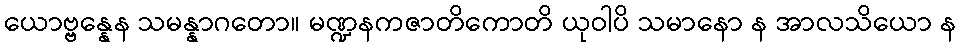
ယောဗ္ဗန္နေန သမန္နာဂတော။ မဏ္ဍနကဇာတိကောတိ ယုဝါပိ သမာနော န အာလသိယော န